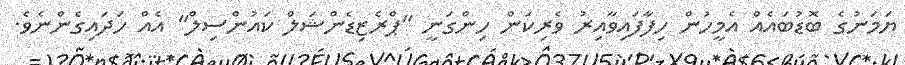
ޔަމަނުގެ ބޮޑުބައެއް އެމީހުން ހިފާފައިވާއިރު ވެރިކަން ހިންގަނީ "ޕްރެޒިޑެންޝަލް ކައުންސިލް" އެއް ހަދައިގެންނެވެ.